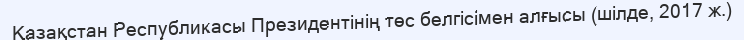
Қазақстан Республикасы Президентінің төс белгісімен алғысы (шілде, 2017 ж.)